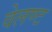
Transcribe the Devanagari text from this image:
वेलण्ट